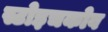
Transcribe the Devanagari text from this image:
स्टोइचकोव